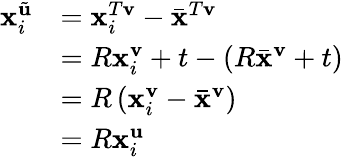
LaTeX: \begin{array}{rl}{\mathbf{x}_{i}^{\tilde{\mathbf{u}}}}&{=\mathbf{x}_{i}^{T\mathbf{v}}-\bar{\mathbf{x}}^{T\mathbf{v}}}\\ &{=R\mathbf{x}_{i}^{\mathbf{v}}+t-(R\bar{\mathbf{x}}^{\mathbf{v}}+t)}\\ &{=R\left(\mathbf{x}_{i}^{\mathbf{v}}-\bar{\mathbf{x}}^{\mathbf{v}}\right)}\\ &{=R\mathbf{x}_{i}^{\mathbf{u}}}\end{array}